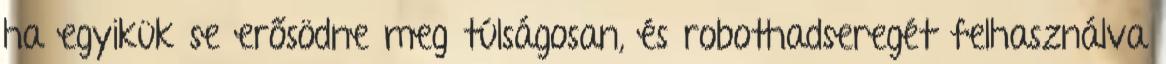
ha egyikük se erősödne meg túlságosan, és robothadseregét felhasználva